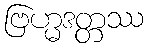
ဗြဟ္မဒတ္တဿ